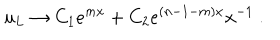
u _ { L } \to C _ { 1 } e ^ { m x } + C _ { 2 } e ^ { ( n - 1 - m ) x } x ^ { - 1 } ~ .